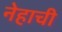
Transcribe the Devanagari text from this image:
नेहाची